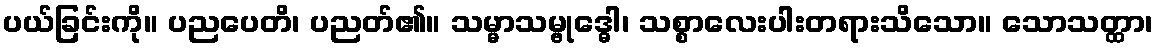
ပယ်ခြင်းကို။ ပညပေတိ၊ ပညတ်၏။ သမ္မာသမ္ဗုဒ္ဓေါ၊ သစ္စာလေးပါးတရားသိသော။ သောသတ္ထာ၊